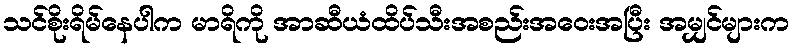
သင်စိုးရိမ်နေပါက မာရိကို အာဆီယံထိပ်သီးအစည်းအဝေးအပြီး အမျှင်များက